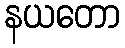
နယတော